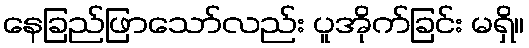
နေခြည်ဖြာသော်လည်း ပူအိုက်ခြင်း မရှိ။